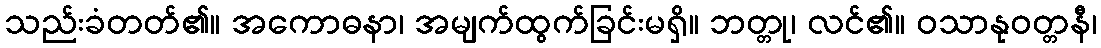
သည်းခံတတ်၏။ အကောဓနာ၊ အမျက်ထွက်ခြင်းမရှိ။ ဘတ္တု၊ လင်၏။ ဝသာနုဝတ္တနီ၊